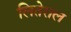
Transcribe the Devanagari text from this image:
लितेराल